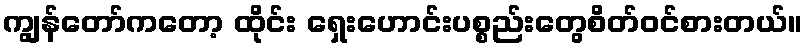
ကျွန်တော်ကတော့ ထိုင်း ရှေးဟောင်းပစ္စည်းတွေစိတ်ဝင်စားတယ်။